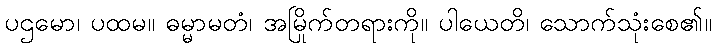
ပဌမော၊ ပထမ။ ဓမ္မာမတံ၊ အမြိုက်တရားကို။ ပါယေတိ၊ သောက်သုံးစေ၏။